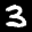
Label: 3